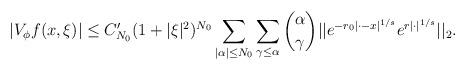
LaTeX: \begin{align*} |V_\phi f(x,\xi)| &\leq C'_{N_0} (1+|\xi|^2)^{N_0} \sum_{|\alpha|\leq N_0}\sum_{\gamma\leq\alpha}\binom{\alpha}{\gamma} || e^{-r_0|\cdot-x|^{1/s}} e^{r|\cdot|^{1/s}}||_2.\end{align*}